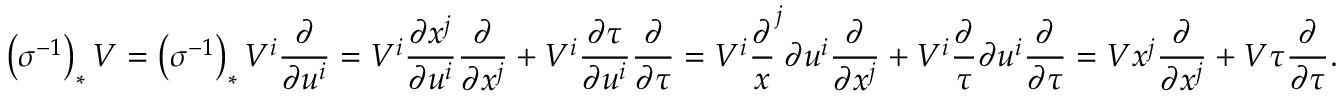
\left( \sigma ^ { - 1 } \right) _ { * } V = \left( \sigma ^ { - 1 } \right) _ { * } V ^ { i } { \frac { \partial } { \partial u ^ { i } } } = V ^ { i } { \frac { \partial x ^ { j } } { \partial u ^ { i } } } { \frac { \partial } { \partial x ^ { j } } } + V ^ { i } { \frac { \partial \tau } { \partial u ^ { i } } } { \frac { \partial } { \partial \tau } } = V ^ { i } { \frac { \partial } { x } } ^ { j } { \partial u ^ { i } } { \frac { \partial } { \partial x ^ { j } } } + V ^ { i } { \frac { \partial } { \tau } } { \partial u ^ { i } } { \frac { \partial } { \partial \tau } } = V x ^ { j } { \frac { \partial } { \partial x ^ { j } } } + V \tau { \frac { \partial } { \partial \tau } } .